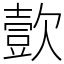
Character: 㱅